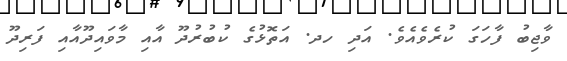
ވާޖިބު ފާހަގަ ކުރެވެއެވެ. އަދި ހދ. އަތޮޅުގެ ކުބުރުދޫ އާއި މާވައިދޫއާއި ފަރިދޫ